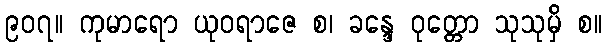
၉၀၇။ ကုမာရော ယုဝရာဇေ စ၊ ခန္ဒေ ဝုတ္တော သုသုမှိ စ။